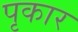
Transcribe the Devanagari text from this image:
पृकार